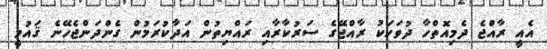
އެއީ ރާއްޖެ ދެމިއޮތްހާ ދުވަހަކު ރާއްޖޭގެ ސަރުކާރާއި ރައްޔިތުން އަދާކުރަމުން ގެންދަންޖެހޭނެ ޤައުމީ